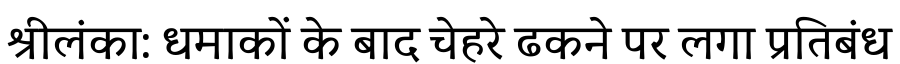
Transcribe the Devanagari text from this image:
श्रीलंका: धमाकों के बाद चेहरे ढकने पर लगा प्रतिबंध